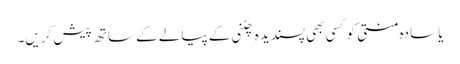
یا سادہ منتی کو کسی بھی پسندیدہ چٹنی کے پیالے کے ساتھ پیش کریں۔